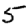
Digit: 5